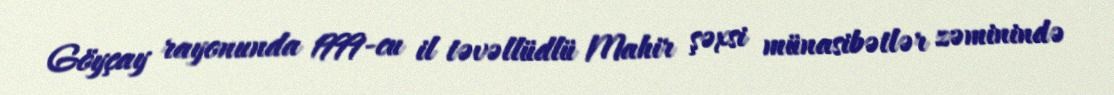
Göyçay rayonunda 1999-cu il təvəllüdlü Mahir şəxsi münasibətlər zəminində